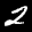
Label: 2